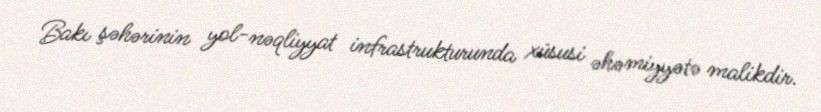
Bakı şəhərinin yol-nəqliyyat infrastrukturunda xüsusi əhəmiyyətə malikdir.